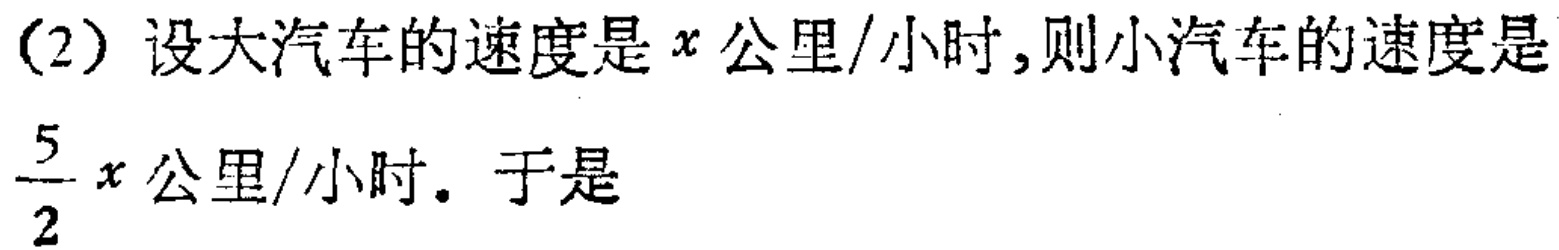
(2) 设大汽车的速度是\(x\)公里/小时,则小汽车的速度是\(\frac{5}{2}x\)公里/小时。于是